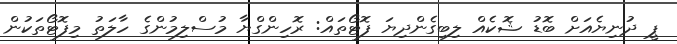
ޕީ ދުނިޔެއަށް ބޮޑު ޝޮކެއް ލިބިގެންދިޔަ ފޮޓޯތައް: ރޮހިންގްޔާ މުސްލިމުންގެ ހާލަތު މިފޮޓޯތަކުން